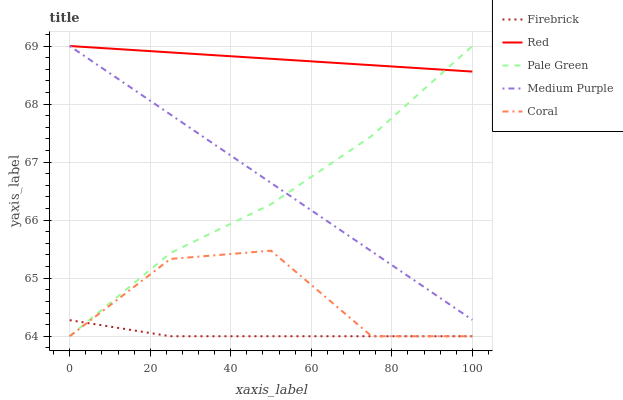
| xaxis_label | Firebrick | Red | Pale Green | Medium Purple | Coral |
 | --- | --- | --- | --- | --- | --- |
 | 0 | 64.3 | 69 | 64 | 69 | 64 |
 | 25 | 64 | 68.9 | 65.4 | 67.8 | 65.3 |
 | 50 | 64 | 68.8 | 66.3 | 66.6 | 65.5 |
 | 75 | 64 | 68.7 | 67.5 | 65.5 | 64 |
 | 100 | 64 | 68.6 | 69 | 64.3 | 64 |